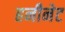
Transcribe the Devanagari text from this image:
हनीनेट